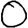
Digit: 0